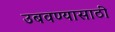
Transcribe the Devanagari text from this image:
उबवण्यासाठी